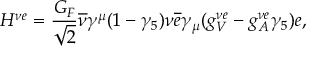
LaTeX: H ^ { \nu e } = \frac { G _ { F } } { \sqrt { 2 } } \overline { { { \nu } } } \gamma ^ { \mu } ( 1 - \gamma _ { 5 } ) \nu \overline { { { e } } } \gamma _ { \mu } ( g _ { V } ^ { \nu e } - g _ { A } ^ { \nu e } \gamma _ { 5 } ) e ,